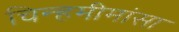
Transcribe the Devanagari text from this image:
चिन्हमीमांसा